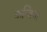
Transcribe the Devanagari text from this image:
कम्बिया